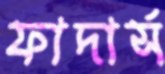
ফাদার্স